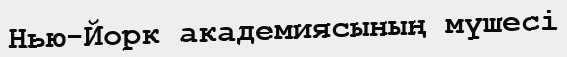
Нью-Йорк академиясының мүшесі